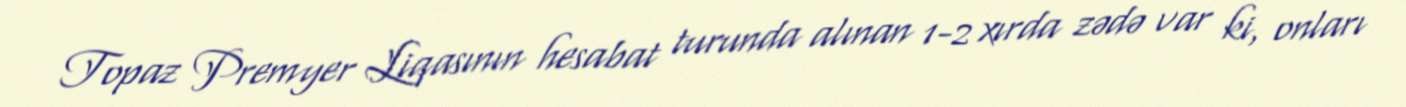
Topaz Premyer Liqasının hesabat turunda alınan 1-2 xırda zədə var ki, onları